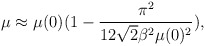
\begin{align*}\mu\approx \mu(0)(1-\frac{\pi^{2}}{12\sqrt{2}\beta^{2}\mu(0)^{2}}),\end{align*}